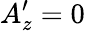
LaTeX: A_{z}^{\prime}=0